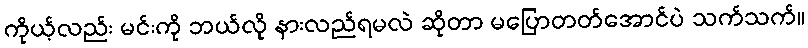
ကိုယ့်လည်း မင်းကို ဘယ်လို နားလည်ရမလဲ ဆိုတာ မပြောတတ်အောင်ပဲ သက်သက်။